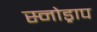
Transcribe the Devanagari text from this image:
स्नोड्राप